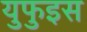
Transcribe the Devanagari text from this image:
युफुइस